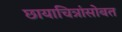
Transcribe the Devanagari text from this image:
छायाचित्रांसोबत